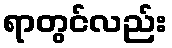
ရာတွင်လည်း